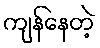
ကျန်နေတဲ့